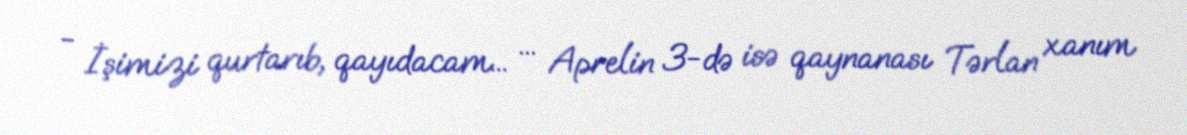
- İşimizi qurtarıb, qayıdacam... ... Aprelin 3-də isə qaynanası Tərlan xanım